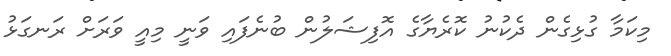
މިކަމާ ގުޅިގެން ދެކުނު ކޮރެޔާގެ އޮފިޝަލުން ބުނެފައި ވަނީ މިއީ ވަރަށް ރަނގަޅު